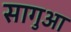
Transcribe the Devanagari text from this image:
सागुआ